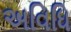
અવિધિ